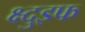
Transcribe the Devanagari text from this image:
क्ष्दुइफ